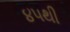
૪૫થી